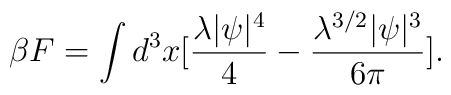
\beta F=\int d^3x [\frac{\lambda |\psi |^4}{4}-\frac{\lambda^{3/2} |\psi |^3}{6\pi}].